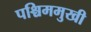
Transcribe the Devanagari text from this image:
पश्चिममुखी